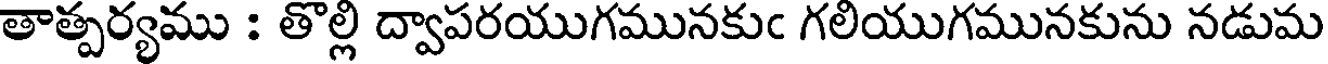
తాత్పర్యము : తొల్లి ద్వాపరయుగమునకుఁ గలియుగమునకును నడుమ